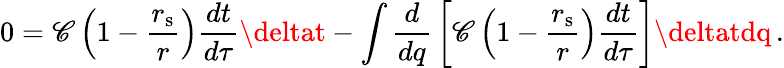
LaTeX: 0=\mathscr{C}\left(1-{\frac{{r_{\mathrm{{{s}}}}}}{{r}}}\right){\frac{{dt}}{{d\tau}}}\deltat-\int{{\frac{{d}}{{dq}}}\left[\mathscr{C}\left(1-{\frac{{r_{\mathrm{{{s}}}}}}{{r}}}\right){\frac{{dt}}{{d\tau}}}\right]\deltatdq}\, .